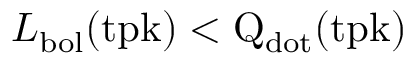
L _ { \mathrm { b o l } } ( \mathrm { t p k ) < Q _ { \mathrm { d o t } } ( \mathrm { t p k ) } }